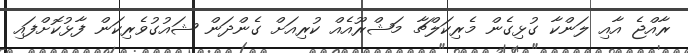
ރާއްޖެ އާއި ލަންކާ ގުޅިގެން މެރިކަލްޗާ މަޝްރޫއެއް ކުރިއަށް ގެންދަން ޝައުގުވެރިކަން ފާޅުކޮށްފައި